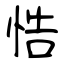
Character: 悎